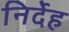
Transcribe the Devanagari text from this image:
निर्देह